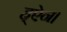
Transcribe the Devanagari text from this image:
ह्ऐन।